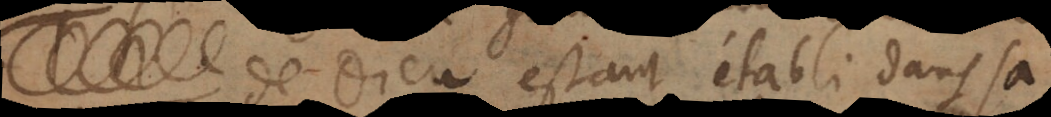
eu estant etabli dans sa